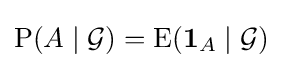
\operatorname {P} (A\mid {\mathcal {G}})=\operatorname {E} (\mathbf {1} _{A}\mid {\mathcal {G}})\;